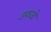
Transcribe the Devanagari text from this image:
उफळे